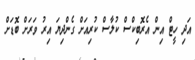
އަދި ހީޓް އިން އެރޮބިކްސް ކުލާސް ކުރިއަށް ގެންދިޔަ އިރު ވަރަށް ބޮޑަށް